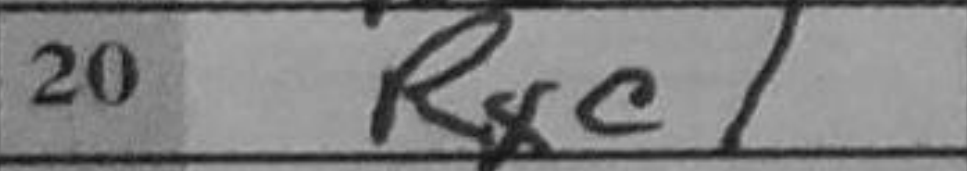
Transcription: Rxc1